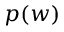
p ( w )